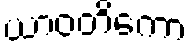
ယာဝတိကော